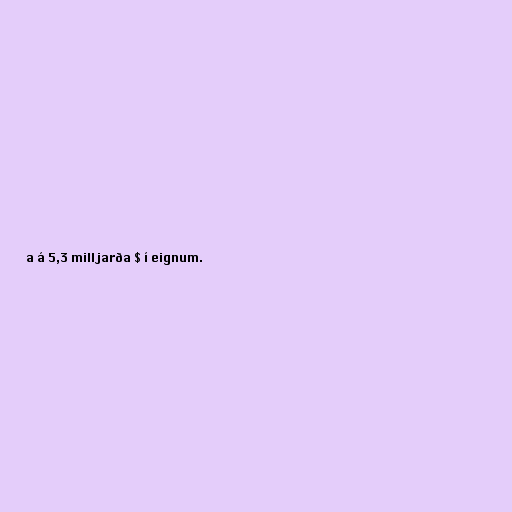
a á 5,3 milljarða $ í eignum.